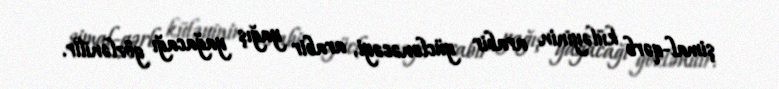
şimal-qərb küləyinin arabir güclənəcəyi, arabir yağış yağacağı gözlənilir.